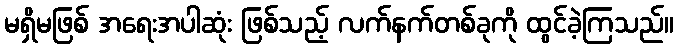
မရှိမဖြစ် အရေးအပါဆုံး ဖြစ်သည့် လက်နက်တစ်ခုကို ထွင်ခဲ့ကြသည်။